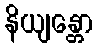
နိယျန္တော